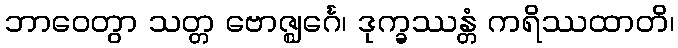
ဘာဝေတွာ သတ္တ ဗောဇ္ဈင်္ဂေ၊ ဒုက္ခဿန္တံ ကရိဿထာတိ၊